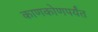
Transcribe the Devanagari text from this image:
काणकोणपर्यंत